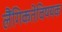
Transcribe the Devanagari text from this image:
लैंगिकतेविषयक